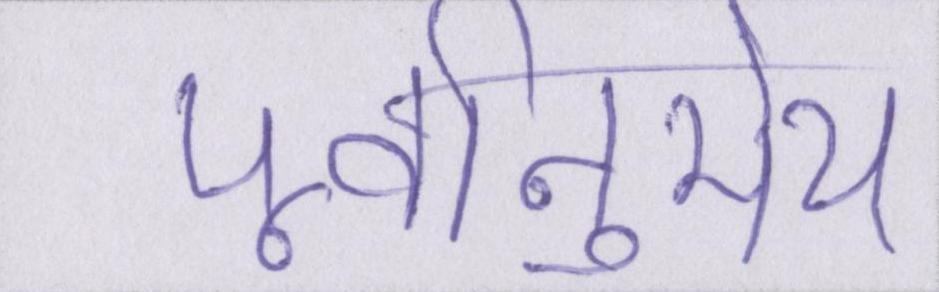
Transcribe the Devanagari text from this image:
पूर्वानुमेय